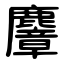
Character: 麞